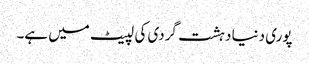
پوری دنیا دہشت گردی کی لپیٹ میں ہے۔